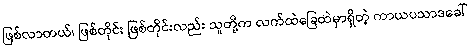
ဖြစ်လာတယ်၊ ဖြစ်တိုင်း ဖြစ်တိုင်းလည်း သူတို့က လက်ထဲခြေထဲမှာရှိတဲ့ ကာယပသာဒခေါ်